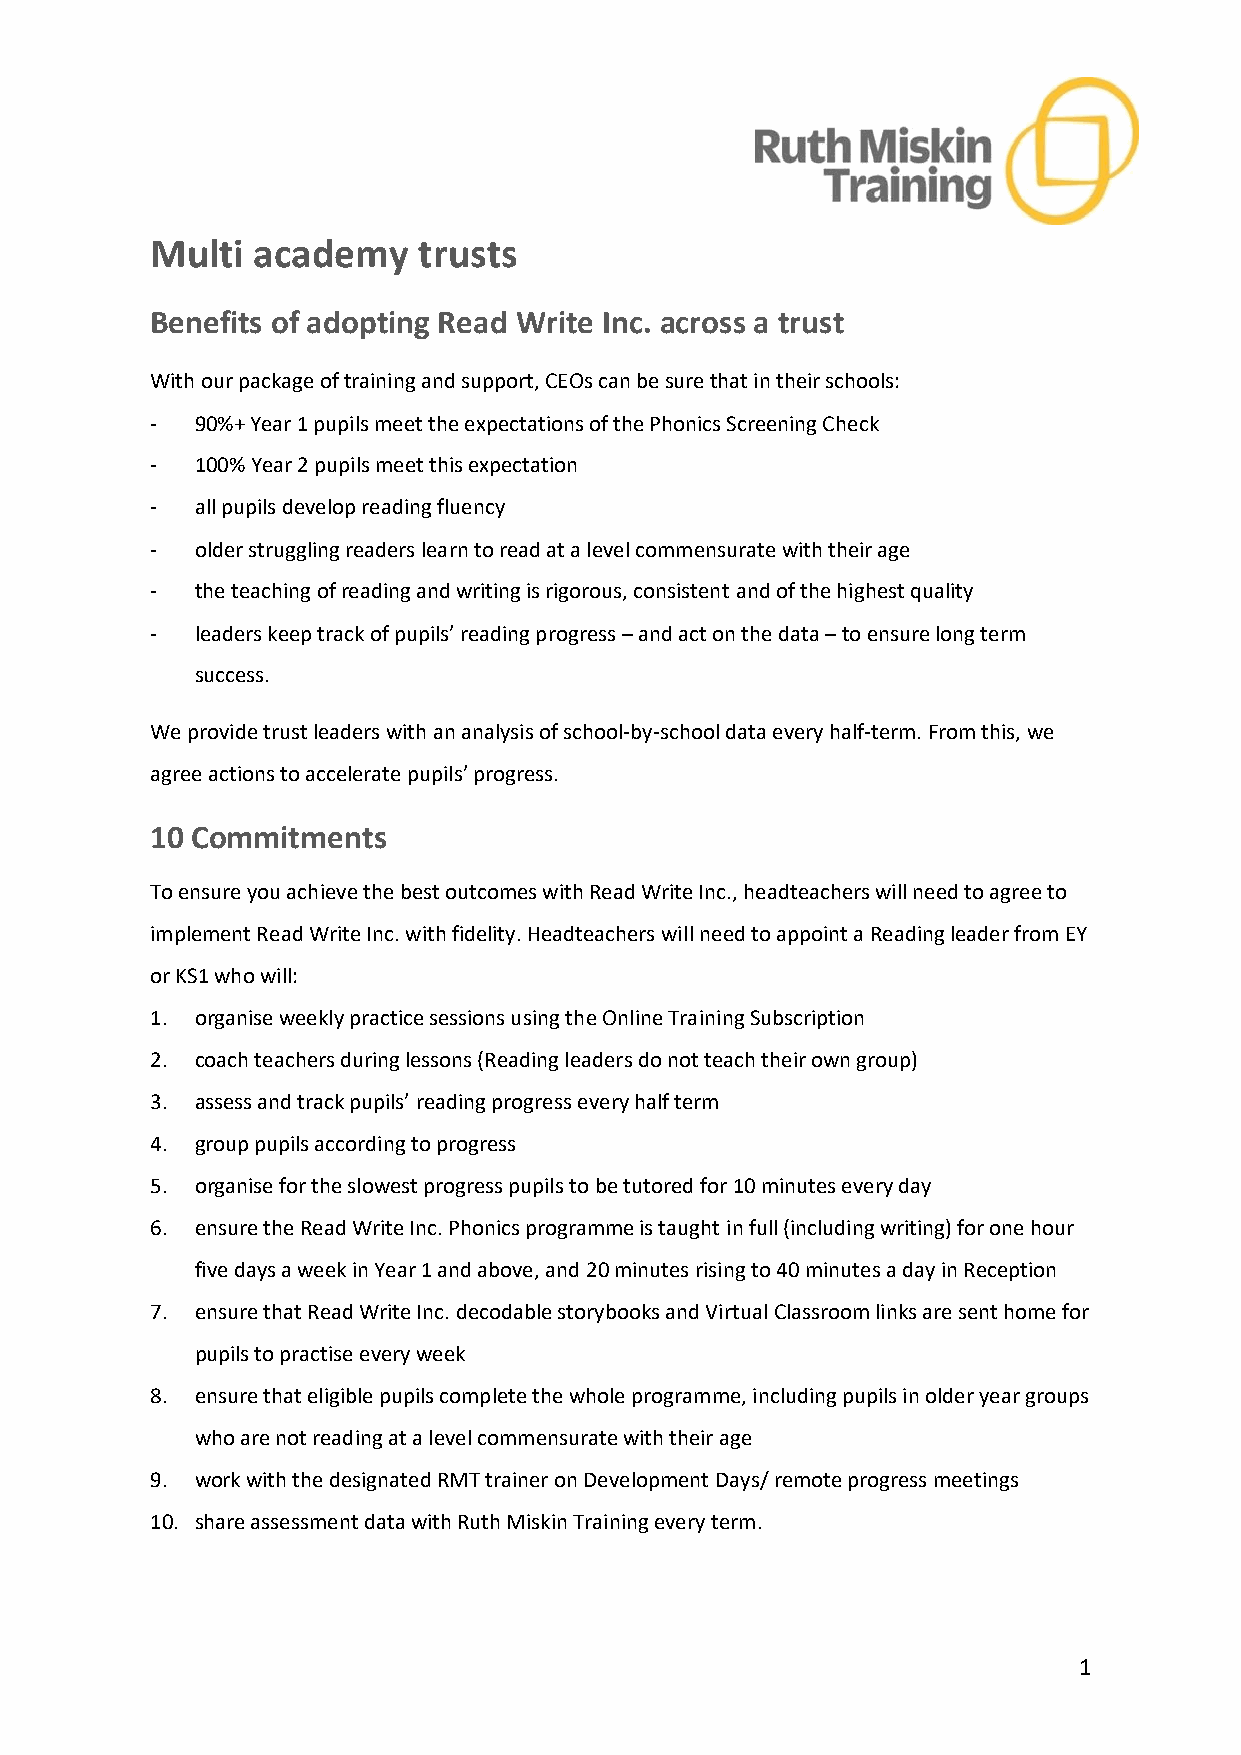
Multi  academy    trusts
 Benefits of adopting Read Write Inc. across a trust
 With our package of training and support, CEOs can be sure that in their schools:
 -  90%+ Year 1 pupils meet the expectations of the Phonics Screening Check
 -  100% Year 2 pupils meet this expectation
 -  all pupils develop reading fluency
 -  older struggling readers learn to read at a level commensurate with their age
 -  the teaching of reading and writing is rigorous, consistent and of the highest quality
 -  leaders keep track of pupils’ reading progress – and act on the data – to ensure long term
 success.
 We provide trust leaders with an analysis of school-by-school data every half-term. From this, we
 agree actions to accelerate pupils’ progress.
 10 Commitments
 To ensure you achieve the best outcomes with Read Write Inc., headteachers will need to agree to
 implement Read Write Inc. with fidelity. Headteachers will need to appoint a Reading leader from EY
 or KS1 who will:
 1. organise weekly practice sessions using the Online Training Subscription
 2. coach teachers during lessons (Reading leaders do not teach their own group)
 3. assess and track pupils’ reading progress every half term
 4. group pupils according to progress
 5. organise for the slowest progress pupils to be tutored for 10 minutes every day
 6. ensure the Read Write Inc. Phonics programme is taught in full (including writing) for one hour
 five days a week in Year 1 and above, and 20 minutes rising to 40 minutes a day in Reception
 7. ensure that Read Write Inc. decodable storybooks and Virtual Classroom links are sent home for
 pupils to practise every week
 8. ensure that eligible pupils complete the whole programme, including pupils in older year groups
 who are not reading at a level commensurate with their age
 9. work with the designated RMT trainer on Development Days/ remote progress meetings
 10. share assessment data with Ruth Miskin Training every term.
 1